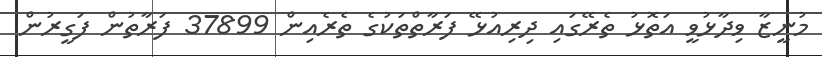
މުނީޒާ ވިދާޅުވީ އަތޮޅު ތެރޭގައި ދިރިއުޅޭ ފަރާތްތަކުގެ ތެރެއިން 37899 ފަރާތުން ފަގީރުން